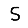
Digit: 5